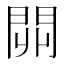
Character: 𨳹